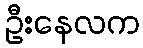
ဦးနေလက